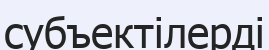
субъектілерді